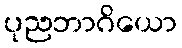
ပုညဘာဂိယော